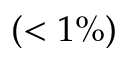
( < 1 \% )